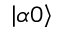
\left\vert \alpha 0 \right\rangle